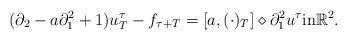
LaTeX: \begin{align*} (\partial_2 - a \partial_1^2 +1) u^{\tau}_T - f_{\tau + T} =[a , (\cdot)_T] \diamond \partial_1^2 u^{\tau} \textrm{in} \mathbb{R}^2.\end{align*}